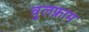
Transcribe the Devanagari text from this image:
वुलफ्राम